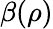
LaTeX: \beta(\rho)